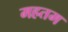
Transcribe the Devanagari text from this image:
महतम